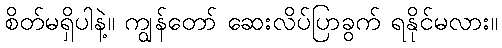
စိတ်မရှိပါနဲ့။ ကျွန်တော် ဆေးလိပ်ပြာခွက် ရနိုင်မလား။